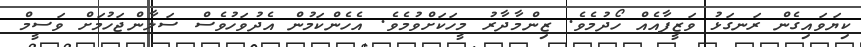
ކިޔަވައިގެން ރަނގަޅު ވަޒީފާއެއް ހޯދުމެވެ. ޒިންމާދާރު މީހަކަށްވުމެވެ. އެހެންކަމުން އެދުވަހުވެސް ސަލާންޖަހުމަށް ވަސީމް